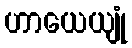
ဟာယေယျုံ